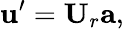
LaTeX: {\mathbf{u}}^{\prime}={\mathbf{U}}_{r}{\mathbf{a}},